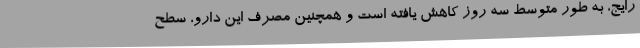
رایج، به طور متوسط سه روز کاهش یافته است و همچنین مصرف این دارو، سطح